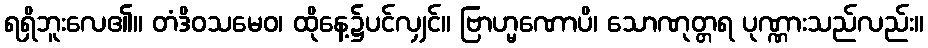
ရရှိဘူးလေ၏။ တံဒိဝသမေဝ၊ ထိုနေ့၌ပင်လျှင်။ ဗြာဟ္မဏောပိ၊ သောဏုတ္တရ ပုဏ္ဏားသည်လည်း။